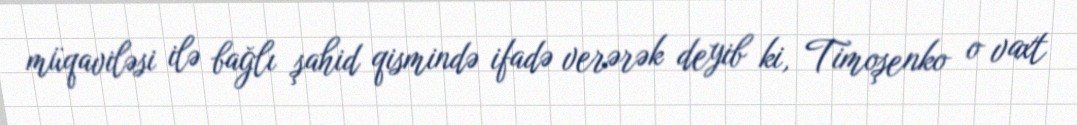
müqaviləsi ilə bağlı şahid qismində ifadə verərək deyib ki, Timoşenko o vaxt